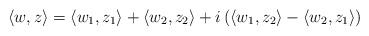
LaTeX: \begin{align*} \left\langle w,z\right\rangle &= \left\langle w_1,z_1\right\rangle + \left\langle w_2,z_2\right\rangle + i\left(\left\langle w_1,z_2\right\rangle - \left\langle w_2,z_1\right\rangle\right) \end{align*}